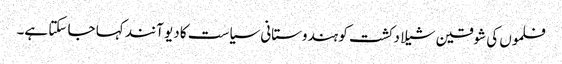
فلموں کی شوقین شیلا دکشت کو ہندوستانی سیاست کا دیو آنند کہا جا سکتا ہے۔